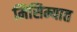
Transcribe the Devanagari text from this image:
मिसिम्यात